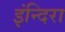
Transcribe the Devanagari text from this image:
इंन्दिरा